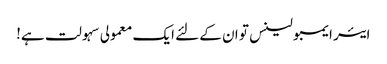
ایئر ایمبولینس تو ان کے لئے ایک معمولی سہولت ہے!